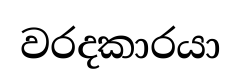
වරදකාරයා